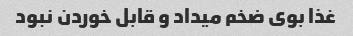
غذا بوی ضخم میداد و قابل خوردن نبود